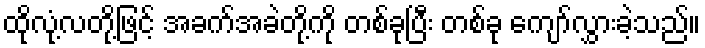
ထိုလုံ့လတို့ဖြင့် အခက်အခဲတို့ကို တစ်ခုပြီး တစ်ခု ကျော်လွှားခဲ့သည်။